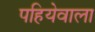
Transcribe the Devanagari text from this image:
पहियेवाला